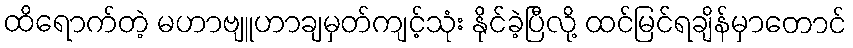
ထိရောက်တဲ့ မဟာဗျူဟာချမှတ်ကျင့်သုံး နိုင်ခဲ့ပြီလို့ ထင်မြင်ရချိန်မှာတောင်